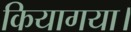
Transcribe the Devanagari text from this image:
कियागया।